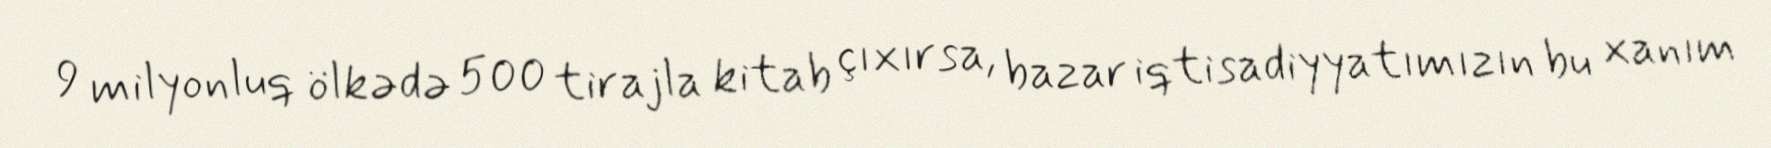
9 milyonluq ölkədə 500 tirajla kitab çıxırsa, bazar iqtisadiyyatımızın bu xanım